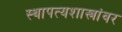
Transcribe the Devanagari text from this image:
स्थापत्यशास्त्रांवर